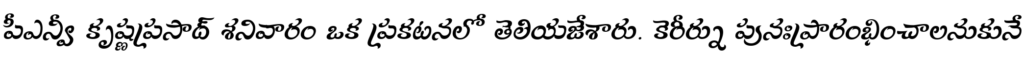
పీఎన్వీ కృష్ణప్రసాద్ శనివారం ఒక ప్రకటనలో తెలియజేశారు. కెరీర్ను పునఃప్రారంభించాలనుకునే